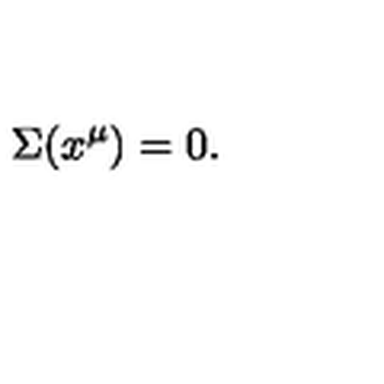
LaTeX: \Sigma ( x ^ { \mu } ) = 0 .